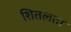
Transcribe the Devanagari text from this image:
शितलता